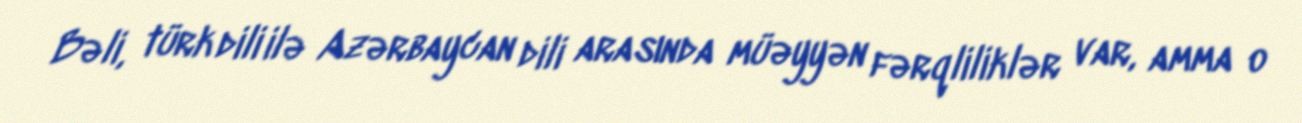
Bəli, türk dili ilə Azərbaycan dili arasında müəyyən fərqliliklər var, amma o